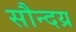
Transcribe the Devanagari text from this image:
सौन्दय्र